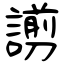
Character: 謭